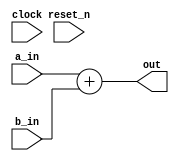
// DEFINES
`define BITS 2         // Bit width of the operands

module bm_add_lpm(clock,
		reset_n,
		a_in,
		b_in,
		out);

// SIGNAL DECLARATIONS
input	clock;
input 	reset_n;

input [`BITS-1:0] a_in;
input [`BITS-1:0] b_in;

output [`BITS-1:0] out;

wire [`BITS-1:0]    out;

// ASSIGN STATEMENTS
assign out = a_in + b_in;

endmodule